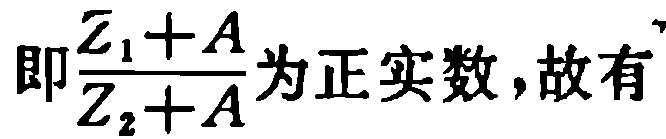
即\(\frac{Z_1 + A}{Z_2 + A}\)为正实数，故有